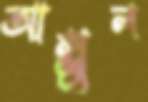
আক্সুল